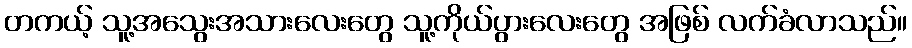
တကယ့် သူ့အသွေးအသားလေးတွေ သူ့ကိုယ်ပွားလေးတွေ အဖြစ် လက်ခံလာသည်။